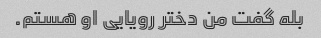
بله گفت من دختر رویایی او هستم.